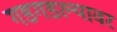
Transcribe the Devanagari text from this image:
गडगडल्यावर